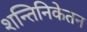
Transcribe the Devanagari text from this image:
शन्तिनिकेतन